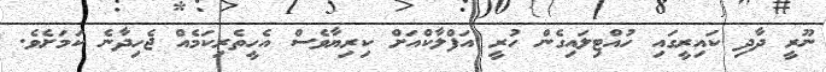
ނޫރީ ދާދި ކައިރީގައި ހުއްޓިލައިގެން ހުރީ އަފްލާކްއަށް ކިރިޔާވެސް އެހީތެރިކަމެއް ޖެހިދާނެ ކަމަށެވެ.